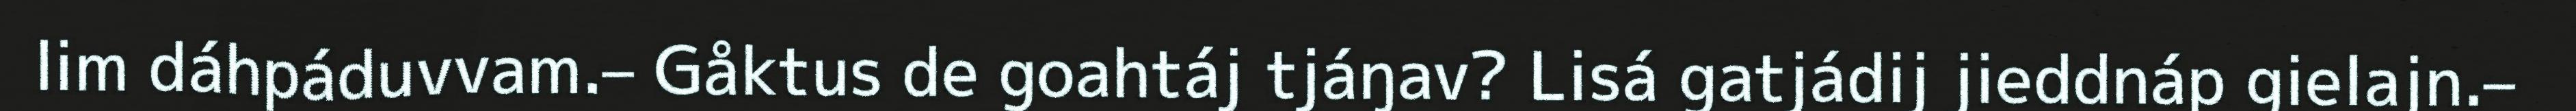
lim dáhpáduvvam.– Gåktus de goahtáj tjáŋav? Lisá gatjádij jieddnáp gielajn.–